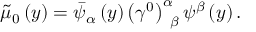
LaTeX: \tilde { \mu } _ { 0 } \left( y \right) = \bar { \psi } _ { \alpha } \left( y \right) \left( \gamma ^ { 0 } \right) _ { \; \; \beta } ^ { \alpha } \psi ^ { \beta } \left( y \right) .